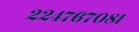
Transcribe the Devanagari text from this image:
२२४७६७०८।